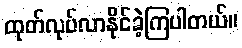
ထုတ်လုပ်လာနိုင်ခဲ့ကြပါတယ်။